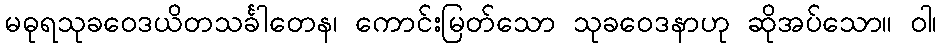
မဓုရသုခဝေဒယိတသင်္ခါတေန၊ ကောင်းမြတ်သော သုခဝေဒနာဟု ဆိုအပ်သော။ ဝါ၊